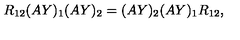
R _ { 1 2 } ( A Y ) _ { 1 } ( A Y ) _ { 2 } = ( A Y ) _ { 2 } ( A Y ) _ { 1 } R _ { 1 2 } ,